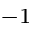
^ { - 1 }